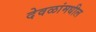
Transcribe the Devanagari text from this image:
देवळांमधील